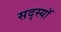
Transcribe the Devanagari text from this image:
सद्स्यॉ